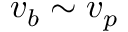
v _ { b } \sim v _ { p }